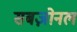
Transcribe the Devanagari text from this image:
सबज़ोनल